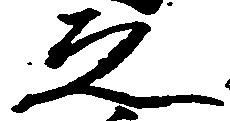
之